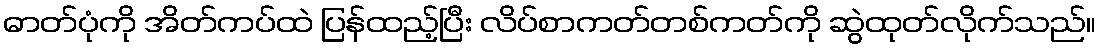
ဓာတ်ပုံကို အိတ်ကပ်ထဲ ပြန်ထည့်ပြီး လိပ်စာကတ်တစ်ကတ်ကို ဆွဲထုတ်လိုက်သည်။